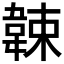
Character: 𩎯